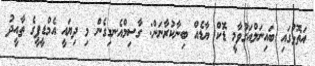
އަތޮޅުގައި ބައިނަލްއަގުވާމީ ޑޮކް ޔާޑެއް ބިނާކުރާނަން: ގާސިމްއެނގިގެން މި ދިޔައީ އެމްޑީޕީގެ ތާއީދު